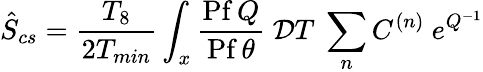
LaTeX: \hat{S}_{cs}=\frac{T_{8}}{2T_{min}}\int_{x}\frac{\mathrm{Pf}\, Q}{\mathrm{Pf}\, \theta}~{\mathcal{D}}T~\sum_{n}C^{(n)}~e^{Q^{-1}}